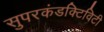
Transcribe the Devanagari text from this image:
सुपरकंडक्टिविटी